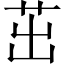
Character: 茁